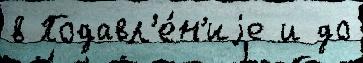
в Подавл'е́н'иjе и до